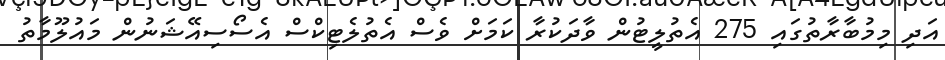
އަދި މިމުބާރާތުގައި 275 އެތުލީޓުން ވާދަކުރާ ކަމަށް ވެސް އެތުލެޓިކްސް އެސޯސިއޭޝަނުން މައުލޫމާތު